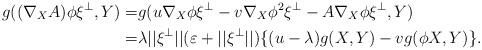
LaTeX: \begin{align*}g((\nabla_XA)\phi \xi^\perp,Y)=&g(u\nabla_X\phi\xi^\perp-v\nabla_X\phi^2\xi^\perp-A\nabla_X\phi\xi^\perp,Y)\\=&\lambda||\xi^\perp||(\varepsilon+||\xi^\perp||) \{(u-\lambda)g(X,Y)-vg(\phi X,Y)\}.\end{align*}